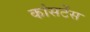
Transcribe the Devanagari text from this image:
कांसटेंस